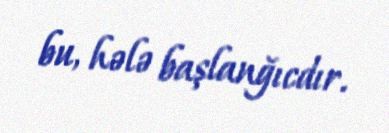
bu, hələ başlanğıcdır.